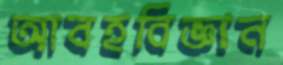
আবহবিজ্ঞান